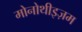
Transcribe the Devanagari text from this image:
मोनोथीइज़म